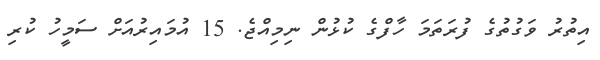
އިތުރު ވަގުތުގެ ފުރަތަމަ ހާފްގެ ކުޅުން ނިމިއްޖެ. 15 އުމައިރުއަށް ސަމީހު ކުރި